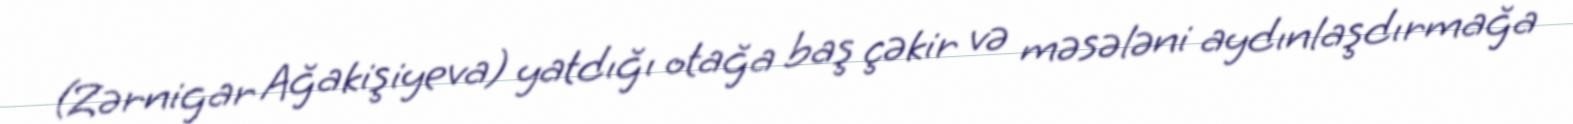
(Zərnigar Ağakişiyeva) yatdığı otağa baş çəkir və məsələni aydınlaşdırmağa